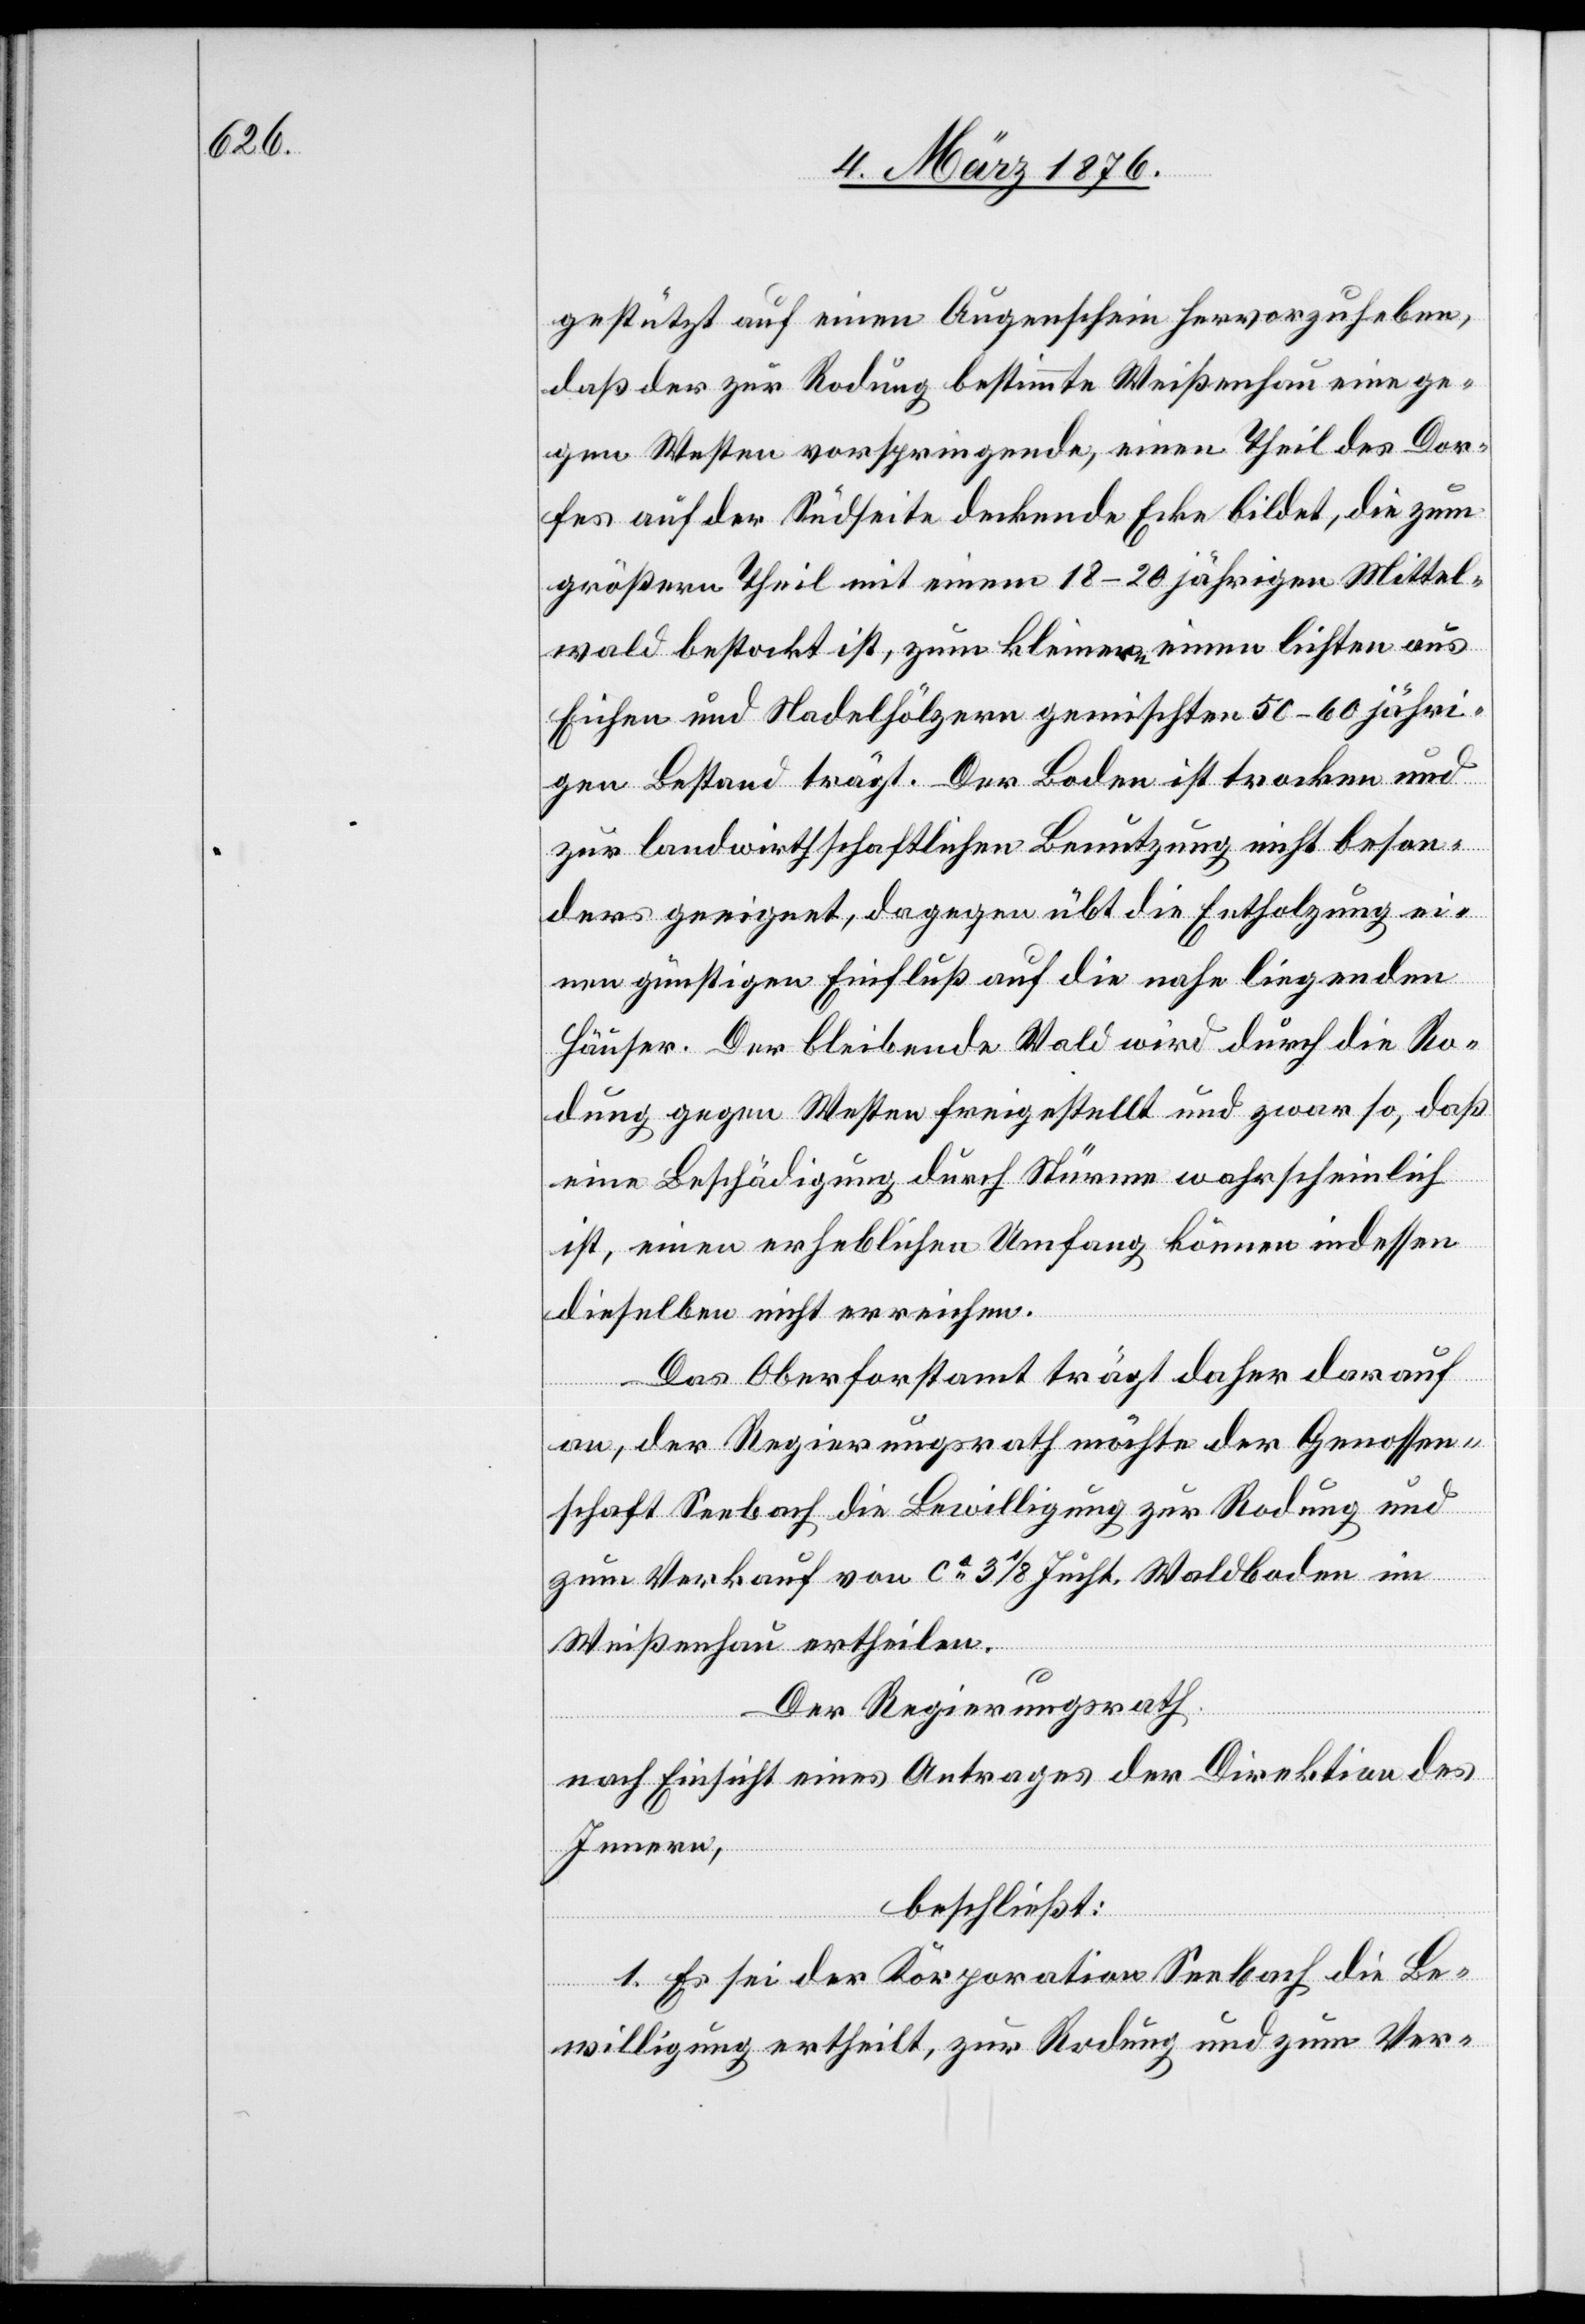
gestützt auf einen Augenschein hervorzuheben,
daß der zur Rodung bestimmte Weißenhau eine ge¬
gen Westen vorspringende, einen Theil des Dor¬
fes auf der Südseite deckende Ecke bildet, die zum
größeren Theil mit einem 18–20 jährigen Mittel¬
wald bestockt ist, zum kleinern einen lichten aus
Eichen und Nadelhölzern gemischten 50–60 jähri¬
gen Bestand trägt. Der Boden ist trocken und
zur landwirtschaftlichen Benutzung nicht beson¬
ders geeignet, dagegen übt die Entholzung ei¬
nen günstigen Einfluß auf die nahe liegenden
Häuser. Der bleibende Wald wird durch die Ro¬
dung gegen Westen freigestellt und zwar so, daß
eine Beschädigung durch Stürme wahrscheinlich
ist, einen erheblichen Umfang können indessen
dieselben nicht erreichen.
Das Oberforstamt trägt daher darauf
an, der Regierungsrath möchte der Genossen¬
schaft Seebach die Bewilligung zur Rodung und
zum Verkauf von ca 3 1/8 Jucht. Waldboden im
Weißenhau ertheilen.
Der Regierungsrath
nach Einsicht eines Antrages der Direktion des
Innern,
beschließt:
1. Es sei der Korporation Seebach die Be¬
willigung ertheilt, zur Rodung und zum Ver-